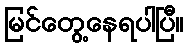
မြင်တွေ့နေရပါပြီ။